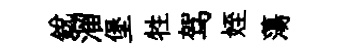
銳溜堡牲驾姪蕩